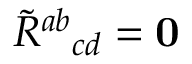
\tilde { R } { } ^ { a b } { } _ { c d } = \mathbf { 0 }